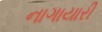
નાગાયારી